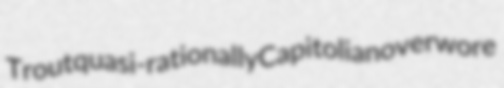
Trout quasi-rationally Capitolian overwore